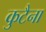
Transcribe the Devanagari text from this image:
कुटैना